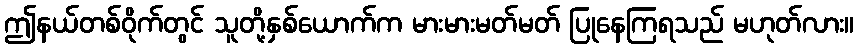
ဤနယ်တစ်ဝိုက်တွင် သူတို့နှစ်ယောက်က မားမားမတ်မတ် ပြုနေကြရသည် မဟုတ်လား။